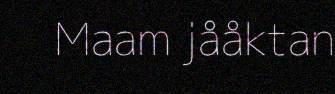
Maam jååktan